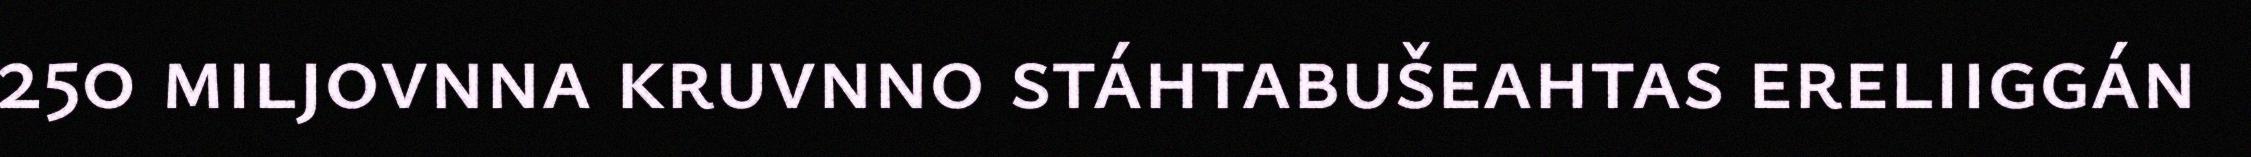
250 miljovnna kruvnno stáhtabušeahtas ereliiggán